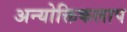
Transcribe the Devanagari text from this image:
अन्योक्तिकलाप